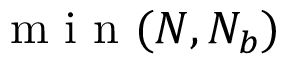
\mathrm { ~ m ~ i ~ n ~ } ( N , N _ { b } )